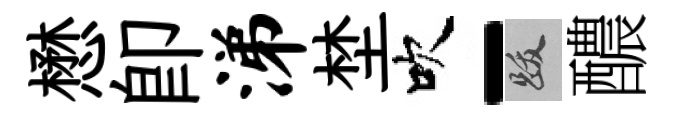
懋即涕埜吹-跋醲